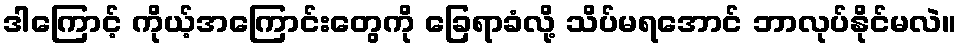
ဒါကြောင့် ကိုယ့်အကြောင်းတွေကို ခြေရာခံလို့ သိပ်မရအောင် ဘာလုပ်နိုင်မလဲ။